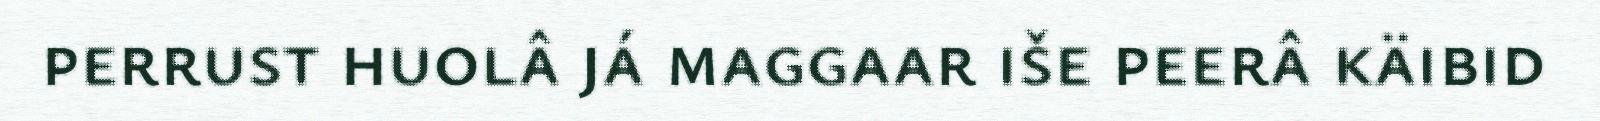
perrust huolâ já maggaar iše peerâ käibid